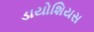
ડાયોશિયસ